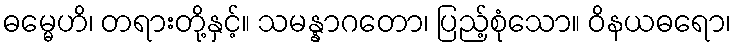
ဓမ္မေဟိ၊ တရားတို့နှင့်။ သမန္နာဂတော၊ ပြည့်စုံသော။ ဝိနယဓရော၊